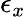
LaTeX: \epsilon_{x}